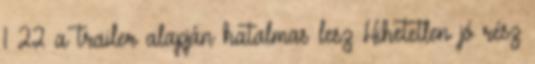
1×22 a trailer alapján hatalmas lesz Hihetetlen jó rész